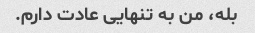
بله، من به تنهایی عادت دارم.